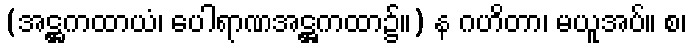
(အဋ္ဌကထာယံ၊ ပေါရာဏအဋ္ဌကထာ၌။) န ဂဟိတာ၊ မယူအပ်။ စ၊